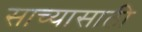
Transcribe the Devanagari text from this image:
साच्यासाठी